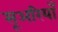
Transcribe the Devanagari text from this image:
सूअरियाँ